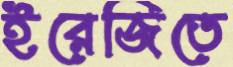
ইরেজিতে